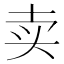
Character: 卖